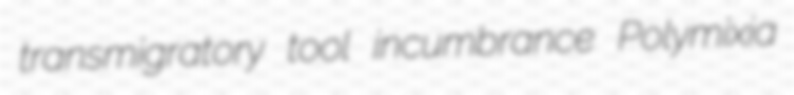
transmigratory tool incumbrance Polymixia